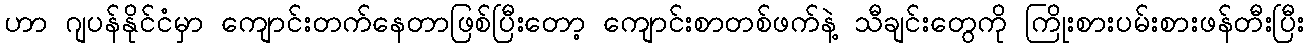
ဟာ ဂျပန်နိုင်ငံမှာ ကျောင်းတက်နေတာဖြစ်ပြီးတော့ ကျောင်းစာတစ်ဖက်နဲ့ သီချင်းတွေကို ကြိုးစားပမ်းစားဖန်တီးပြီး